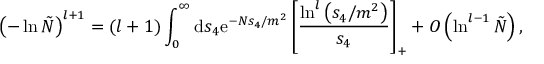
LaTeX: \left( - \ln \tilde { N } \right) ^ { l + 1 } = ( l + 1 ) \int _ { 0 } ^ { \infty } \mathrm { d } s _ { 4 } \mathrm { e } ^ { - N s _ { 4 } / m ^ { 2 } } \left[ \frac { \ln ^ { l } \left( s _ { 4 } / m ^ { 2 } \right) } { s _ { 4 } } \right] _ { + } + { \cal O } \left( \ln ^ { l - 1 } \tilde { N } \right) ,